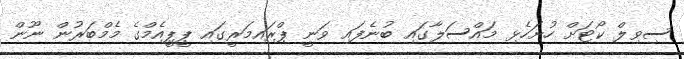
ސިވިލް ކޯޓަށް ހުށަހެޅި މައްސަލާގައި ބުނެފައި ވަނީ ޕްރައިމަރީގައި ޕީޕީއެމްގެ މެމްބަރުން ނޫން